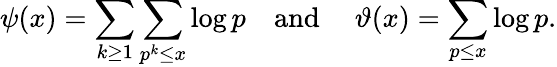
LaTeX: \psi(x)=\sum_{k\geq 1}\sum_{p^{k}\leq x}\log p\quad{\mathrm{and~}}\quad\vartheta(x)=\sum_{p\leq x}\log p.